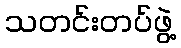
သတင်းတပ်ဖွဲ့